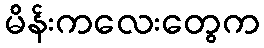
မိန်းကလေးတွေက